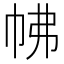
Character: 𢂀